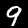
Label: 9